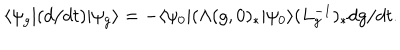
LaTeX: \langle \psi _ { g } | ( d / d t ) | \psi _ { g } \rangle = - \langle \psi _ { 0 } | ( \Lambda ( g , 0 ) _ { \ast } | \psi _ { 0 } \rangle ( L _ { g } ^ { - 1 } ) _ { \ast } d { g } / d t .